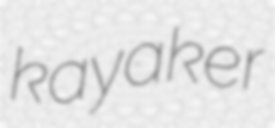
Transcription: kayaker